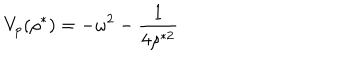
LaTeX: V _ { p } ( \rho ^ { * } ) = - \omega ^ { 2 } - \frac { 1 } { 4 \rho ^ { * 2 } }